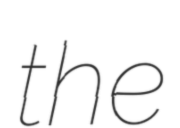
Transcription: the